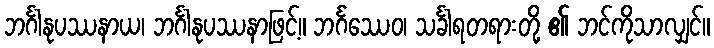
ဘင်္ဂါနုပဿနာယ၊ ဘင်္ဂါနုပဿနာဖြင့်။ ဘင်္ဂဿေဝ၊ သင်္ခါရတရားတို့ ၏ ဘင်ကိုသာလျှင်။